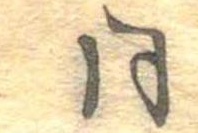
同